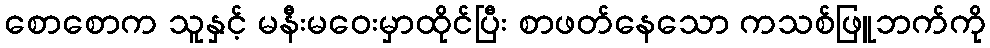
စောစောက သူနှင့် မနီးမဝေးမှာထိုင်ပြီး စာဖတ်နေသော ကသစ်ဖြူဘက်ကို